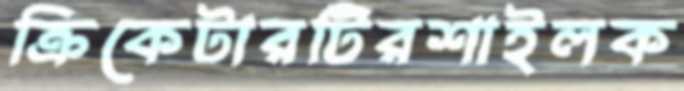
ক্রিকেটারটিরশাইলক